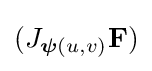
{(J_{{\boldsymbol {\psi }}(u,v)}\mathbf {F} )}